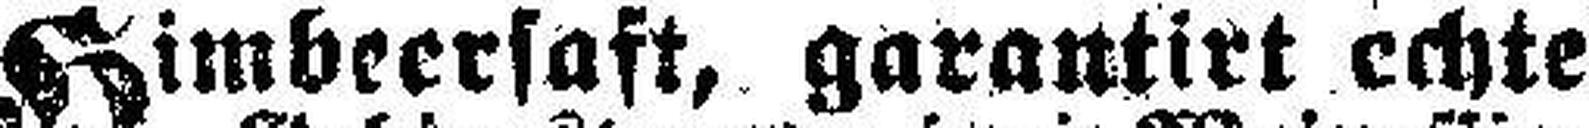
Himbeersaft, garantirt echte